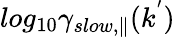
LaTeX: log_{10}\gamma_{slow,\parallel}(k^{'})